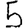
Digit: 5